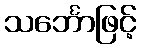
သင်္ဘောဖြင့်